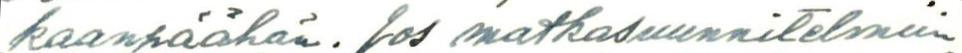
kaanpäähän. Jos matkasuunnitelmiin